Document type: Emphyteutic lease
Year: 1295
Scribe: Pere de Noguera, prevere
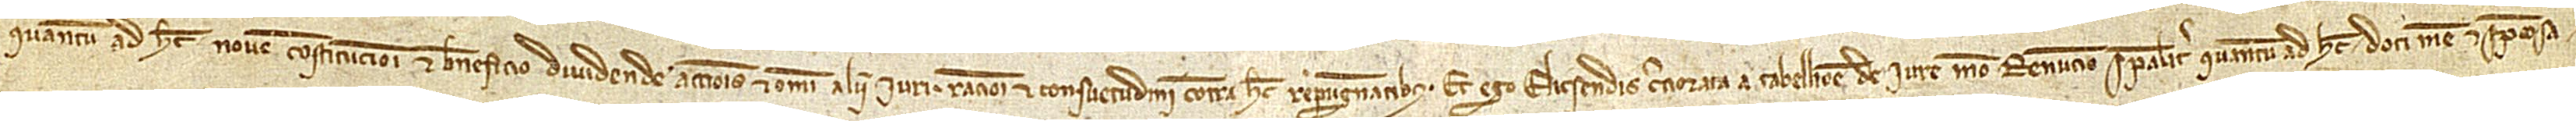
quantum ad hec novem constitucioni et beneficio dividende accionis et omni alii iuri, racioni et consuetudini contra hec repugnantibus. Et ego Elicsendis, cerciorata a tabellione de iure meo, renuncio specialiter quantum ad hec doti mee et sponsa-